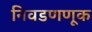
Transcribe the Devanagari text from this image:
निवडणणूक